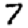
Digit: 7